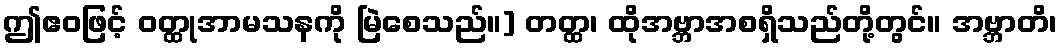
ဤဧဝဖြင့် ဝတ္ထုအာမသနကို မြဲစေသည်။] တတ္ထ၊ ထိုအဗ္ဘာအစရှိသည်တို့တွင်။ အဗ္ဘာတိ၊